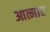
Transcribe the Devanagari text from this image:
आत्माए